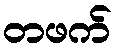
တဖက်